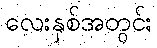
လေးနှစ်အတွင်း